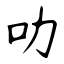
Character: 叻